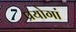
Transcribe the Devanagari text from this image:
प्रयोगां